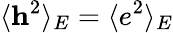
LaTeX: \langle\mathbf h^{2}\rangle_{E}=\langle e^{2}\rangle_{E}